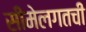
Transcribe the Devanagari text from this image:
सीमेलगतची